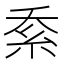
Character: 𱹬